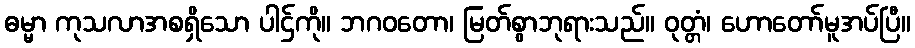
ဓမ္မာ ကုသလာအစရှိသော ပါဌ်ကို။ ဘဂဝတော၊ မြတ်စွာဘုရားသည်။ ဝုတ္တံ၊ ဟောတော်မူအပ်ပြီ။